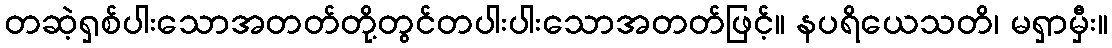
တဆဲ့ရှစ်ပါးသောအတတ်တို့တွင်တပါးပါးသောအတတ်ဖြင့်။ နပရိယေသတိ၊ မရှာမှီး။